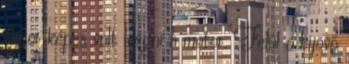
akkor képes volt leégni a motor. Felül a kijövő